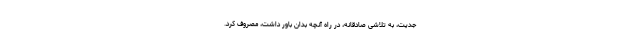
جدیت، به‌ تلاشی‌ صادقانه، در راه‌ آنچه‌ بدان‌ باور داشت، مصروف‌ کرد.